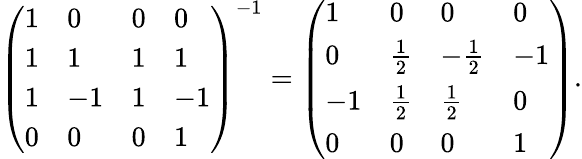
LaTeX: \left({\begin{array}{llll}{1}&{0}&{0}&{0}\\ {1}&{1}&{1}&{1}\\ {1}&{-1}&{1}&{-1}\\ {0}&{0}&{0}&{1}\end{array}}\right)^{-1}=\left({\begin{array}{llll}{1}&{0}&{0}&{0}\\ {0}&{{\frac{1}{2}}}&{-{\frac{1}{2}}}&{-1}\\ {-1}&{{\frac{1}{2}}}&{{\frac{1}{2}}}&{0}\\ {0}&{0}&{0}&{1}\end{array}}\right).